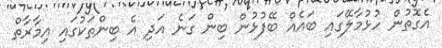
އެގޮތުން ހުޅުމާލޭގައި ބައެއް ބޭފުޅުން ބިން ގަނެ އަދި އެ ބިންތަކުގައި އިމާރާތް